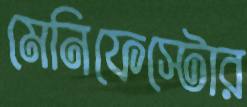
মেনিফেস্টোর